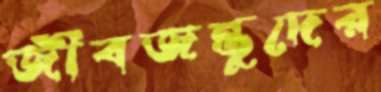
জীবজন্তুদের